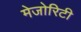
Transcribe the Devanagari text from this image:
मेजोरिटी